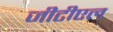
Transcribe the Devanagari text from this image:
जीटीएल